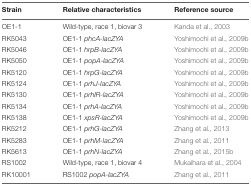
| Strain | Relative characteristics | Reference source |
 | --- | --- | --- |
 | OE1-1 | Wild-type, race 1, biovar 3 | Kanda et al., 2003 |
 | RK5043 | OE1-1 phcA-lacZYA | Yoshimochi et al., 2009b |
 | RK5046 | OE1-1 hrpB-lacZYA | Yoshimochi et al., 2009b |
 | RK5050 | OE1-1 popA-lacZYA | Yoshimochi et al., 2009b |
 | RK5120 | OE1-1 hrpG-lacZYA | Yoshimochi et al., 2009b |
 | RK5124 | OE1-1 prhJ-lacZYA | Yoshimochi et al., 2009b |
 | RK5130 | OE1-1 prhIR-lacZYA | Yoshimochi et al., 2009b |
 | RK5134 | OE1-1 prhA-lacZYA | Yoshimochi et al., 2009b |
 | RK5138 | OE1-1 xpsR-lacZYA | Yoshimochi et al., 2009b |
 | RK5212 | OE1-1 prhG-lacZYA | Zhang et al., 2013 |
 | RK5283 | OE1-1 prhM-lacZYA | Zhang et al., 2011 |
 | RK5613 | OE1-1 prhN-lacZYA | Zhang et al., 2015b |
 | RS1002 | Wild-type, race 1, biovar 4 | Mukaihara et al., 2004 |
 | RK10001 | RS1002 popA-lacZYA | Zhang et al., 2011 |